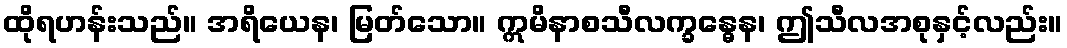
ထိုရဟန်းသည်။ အရိယေန၊ မြတ်သော။ ဣမိနာစသီလက္ခန္ဓေန၊ ဤသီလအစုနှင့်လည်း။